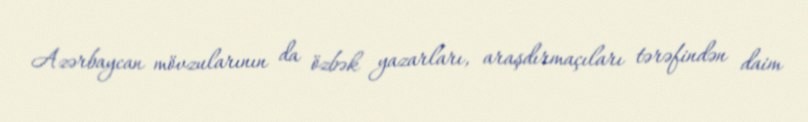
Azərbaycan mövzularının da özbək yazarları, araşdırmaçıları tərəfindən daim